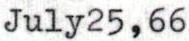
July25,66